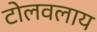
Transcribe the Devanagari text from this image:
टोलवलाय